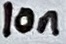
Text: 10n